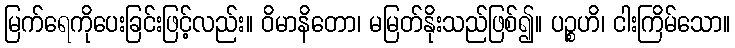
မြက်ရေကိုပေးခြင်းဖြင့်လည်း။ ဝိမာနိတော၊ မမြတ်နိုးသည်ဖြစ်၍။ ပဉ္စဟိ၊ ငါးကြိမ်သော။